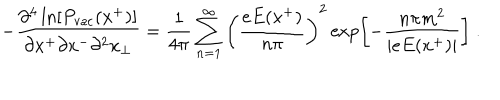
- { \frac { \partial ^ { 4 } \ln [ P _ { \mathrm { v a c } } ( x ^ { + } ) ] } { \partial x ^ { + } \partial x ^ { - } \partial ^ { 2 } x _ { \bot } } } = { \frac { 1 } { 4 \pi } } \sum _ { n = 1 } ^ { \infty } \left( { \frac { e E ( x ^ { + } ) } { n \pi } } \right) ^ { 2 } \exp \left[ - { \frac { n \pi m ^ { 2 } } { \vert e E ( x ^ { + } ) \vert } } \right] \; .